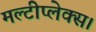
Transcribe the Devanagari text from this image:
मल्टीप्लेक्स।